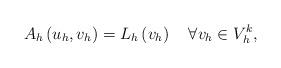
LaTeX: \begin{align*}A_h\left(u_h,v_h\right)=L_h\left(v_h\right)~~~\forall v_h\in V_h^k,\end{align*}